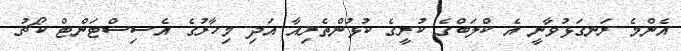
އެންމެ ރަނގަޅުވާނީ އެ ކްލަބްގެ ކުރީގެ ކުޅުންތެރިއާ އަދި މިހާރުގެ އެސިސްޓަންޓް ކޯޗު